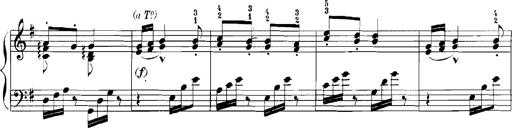
Title: Rhapsodies hongroises
Composer: Franz Liszt